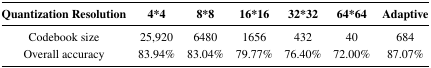
<table><thead><tr><td><b>Quantization Resolution</b></td><td><b>4*4</b></td><td><b>8*8</b></td><td><b>16*16</b></td><td><b>32*32</b></td><td><b>64*64</b></td><td><b>Adaptive</b></td></tr></thead><tbody><tr><td><b>Codebook size</b></td><td>25,920</td><td>6480</td><td>1656</td><td>432</td><td>40</td><td>684</td></tr><tr><td><b>Overall accuracy</b></td><td>83.94%</td><td>83.04%</td><td>79.77%</td><td>76.40%</td><td>72.00%</td><td>87.07%</td></tr></tbody></table>